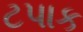
ટપાક